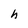
Character: h